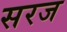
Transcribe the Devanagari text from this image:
सरज